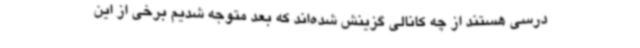
درسی هستند از چه کانالی گزینش شده‌اند که بعد متوجه شدیم برخی از این